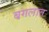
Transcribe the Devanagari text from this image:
बगलात